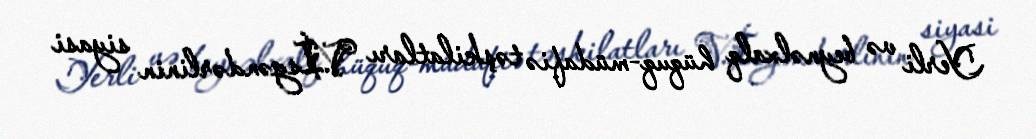
Yerli və beynəlxalq hüquq-müdafiə təşkilatları V.İsgəndərlinin siyasi